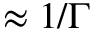
\approx 1 / \Gamma